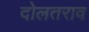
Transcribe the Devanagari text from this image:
दोलतराव